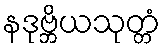
နဒုဗ္ဘိယသုတ္တံ